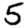
Digit: 5